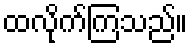
ထလိုက်ကြသည်။